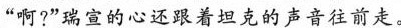
“啊?”瑞宣的心还跟着坦克的声音往前走。